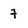
Character: 7